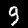
Label: 9